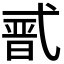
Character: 𭚣